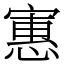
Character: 寭